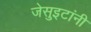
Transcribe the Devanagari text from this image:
जेसुइटांनी